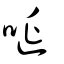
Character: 唌